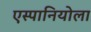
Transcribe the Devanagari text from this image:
एस्पानियोला